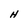
Character: H